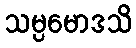
သမ္ပမောဒသိ